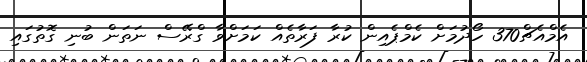
އެމްއެޗް370 ހޯދުމަށް ކެމްޕެއިން ކުރާ ފަރާތެއް ކަމަށްވާ ގްރޭސް ނަތަން ބުނި ގޮތުގައި